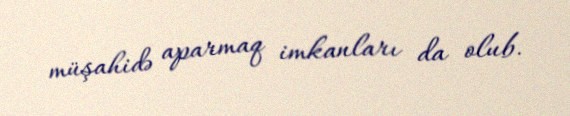
müşahidə aparmaq imkanları da olub.